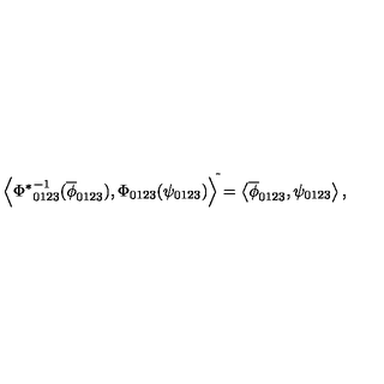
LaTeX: { \left< { \Phi ^ { \ast } } _ { 0 1 2 3 } ^ { - 1 } ( \overline { { \phi } } _ { 0 1 2 3 } ) , \Phi _ { 0 1 2 3 } ( \psi _ { 0 1 2 3 } ) \right> } ^ { \tilde { } } = \left< \overline { { \phi } } _ { 0 1 2 3 } , \psi _ { 0 1 2 3 } \right> ,